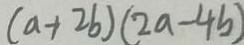
( a + 2 b ) ( 2 a - 4 b )